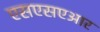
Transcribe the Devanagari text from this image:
एसएसएआर